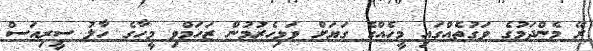
ރޭ މެންދަމުގެ ވަގުތެއްގައި މީހެއްގެ ގަޔަށް ވަޅިހެރުމުން ޒަހަމްވި މީހާގެ ހާލު ސީރިއަސް